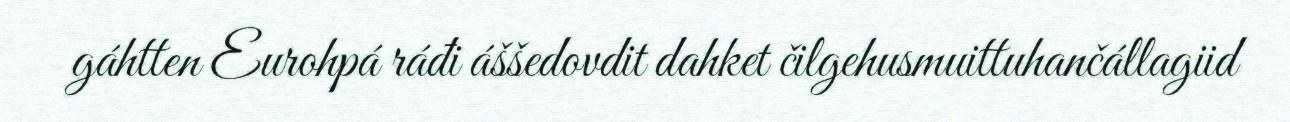
gáhtten Eurohpá ráđi áššedovdit dahket čilgehusmuittuhančállagiid